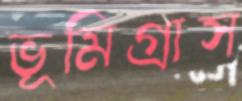
ভূমিগ্রাস